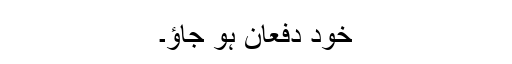
خود دفعان ہو جاؤ۔